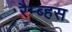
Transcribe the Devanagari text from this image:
रैम्ब्हस